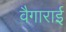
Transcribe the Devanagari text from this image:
वैगाराई